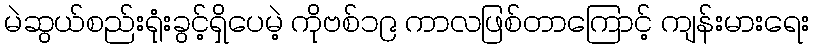
မဲဆွယ်စည်းရုံးခွင့်ရှိပေမဲ့ ကိုဗစ်၁၉ ကာလဖြစ်တာကြောင့် ကျန်းမားရေး